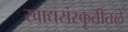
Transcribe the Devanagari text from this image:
खाद्यसंस्कॄतीतले